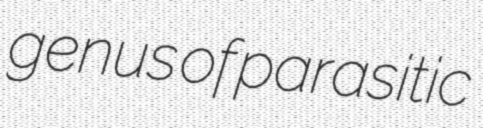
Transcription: genus of parasitic